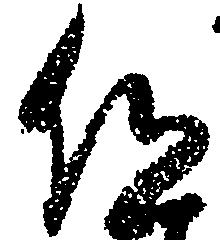
仰